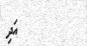
އަދި